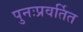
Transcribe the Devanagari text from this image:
पुनःप्रवर्तित